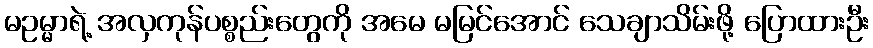
မဥမ္မာရဲ့ အလှကုန်ပစ္စည်းတွေကို အမေ မမြင်အောင် သေချာသိမ်းဖို့ ပြောထားဦး